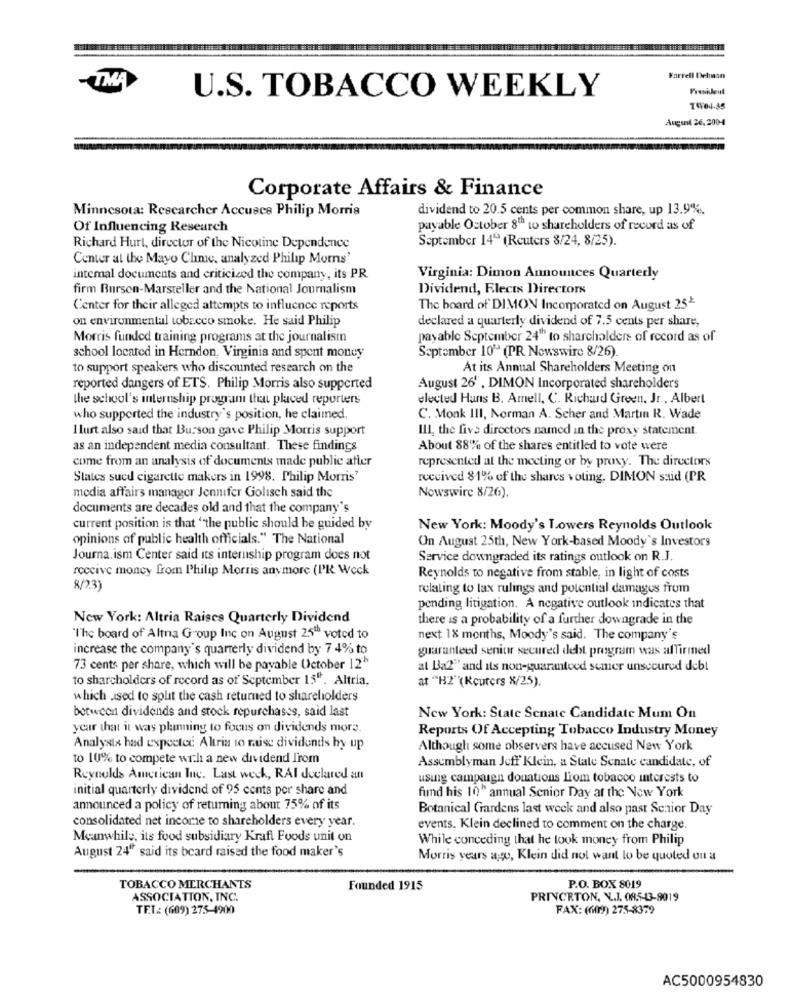
Farrell Dehaan
-TMA
President
U.S. TOBACCO WEEKLY
August 26.2004
Corporate Affairs & Finance
Minnesota: Researcher Accuses Philip Morris
dividend to 20.5 cents per common share, up 13.9%.
Of Influencing Research
payable October 8th to shareholders of record as of
September 14ºº (Reuters 8/24, 8/25).
Richard Hurt, director of the Nicotine Dependence
Center at the Mayo Clinic, analyzed Philip Morns'
internal documents and criticized the company, its PR
Virginia: Dimon Announces Quarterly
firm Burson-Marsteller and the National Journalism
Dividend, Elects Directors
Center for their alleged attempts to influence reports
The board of DIMON Incorporated on August 25*
on environmental tobacco smoke. He said Philip
declared a quarterly dividend of 7.5 cents per share,
Morris funded training programs at the journalism
payable September 24"" to shareholders of record as of
September 10" (PR Newswire 8/26).
school located in Herndon. Virginia and spent money
to support speakers who discounted research on the
At its Annual Shareholders Meeting on
reported dangers of ETS. Philip Morris also supported
August 26' , DIMON Incorporated shareholders
the school's internship program that placed reporters
elected Hans B. Amell, C. Richard Green, Jr ., Albert
who supported the industry's position, he claimed.
C. Monk III, Norman A. Scher and Martin R. Wade
I lurt also said that Burson gave Philip Morris support
ILL, the five directors named in the proxy statement.
as an independent media consultant. These findings
About 88% of the shares entitled to vote were
come from an analysis of documents made public atter
represented at the meeting or by proxy. The directors
States sued cigarette makers in 1998. Philip Morris'
received 81% of the shares voting. DIMON said (PR
media affairs manager Jennifer Golisch said the
Nowswire 8/26).
documents are decades old and that the company's
current position is that "the public should be guided by
New York: Moody's Lowers Reynolds Outlook
opinions of public health officials." The National
On August 25th, New York-based Moody's Investors
Journa.ism Center said its internship program does not
Service downgraded its ratings outlook on R.J.
receive money from Philip Morris anymore (PR Weck
Reynolds to negative from stable, in light of costs
8/2.3)
relating to lax rulings and potential damages from
pending litigation. A negative outlook indicates that
New York: Altria Raises Quarterly Dividend
there is a probability of a further downgrade in the
"I'he board of Altna Group Inc on August 25" voted to
next 18 months, Moody's said. The company's
increase the company's quarterly dividend by 7 4% to
guaranteed senior secured debt program was alTirmed
73 cents per share, which will be payable October 12"
at Ba2" and its non-guaranteed semer unsecured debl
to sharcholders of record as of September 15". Altria,
at "H2"(Reuters X/25).
which used to split the cash returned to shareholders
botwcca dividends and stock repurchases, said last
New York: State Senate Candidate Mum On
year that it was planning to focus on dividends more.
Reports Of Accepting Tobacco Industry Money
Analystx had expected Altria to raise dividends by up
Although some observers have accused New York
to 10% to compete with a new dividend Irom
Assemblyman Jeff Klein, a State Senate candidate, of
Reynolds American Inc. Last week, RAI declared an
usuig campaign donations from tobacco interests to
initial quarterly dividend of 95 cents per share and
find his 10" annual Senior Day at the New York
announced a policy of returning about 75% of its
Botanical Gardens last week and also past Senior Day
consolidated net income to shareholders every year.
events. Klein declined to comment on the charge.
Meanwhile, its food subsidiary Kraft Foods unit on
While conceding that he took money from Philip
August 24" said its bcard raised the food maker's
Morris years ago, Klein did not want to be quoted ou a
TOBACCO MERCHANTS
Founded 1915
P.O. BOX 8019
ASSOCIATION, INC.
PRINCETON, N.J. 085-3-9019
TEL: (609) 275-4900
FAX: (6019) 275-8379
AC5000954830